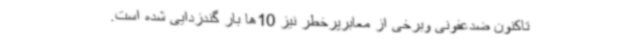
تاکنون ضدعفونی وبرخی از معابرپرخطر نیز 10ها بار گندزدایی شده است.